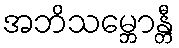
အဘိသမ္ဘောန္တီ